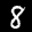
Label: 8